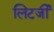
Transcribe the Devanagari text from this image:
लिटर्जी